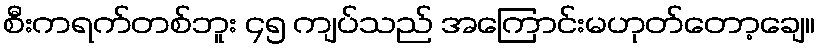
စီးကရက်တစ်ဘူး ၄၅ ကျပ်သည် အကြောင်းမဟုတ်တော့ချေ။